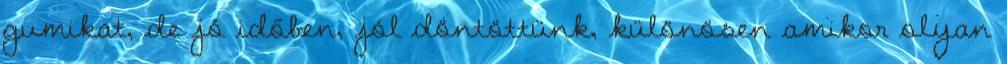
gumikat, de jó időben, jól döntöttünk, különösen amikor olyan